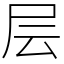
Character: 层